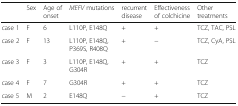
<table><thead><tr><td></td><td><b>Sex</b></td><td><b>Age of onset</b></td><td><b><i>MEFV</i> mutations</b></td><td><b>recurrent disease</b></td><td><b>Effectiveness of colchicine</b></td><td><b>Other treatments</b></td></tr></thead><tbody><tr><td>case 1</td><td>F</td><td>6</td><td>L110P, E148Q</td><td>+</td><td>+</td><td>TCZ, TAC, PSL</td></tr><tr><td>case 2</td><td>F</td><td>13</td><td>L110P, E148Q, P369S, R408Q</td><td>+</td><td>−</td><td>TCZ, CyA, PSL</td></tr><tr><td>case 3</td><td>F</td><td>3</td><td>L110P, E148Q, G304R</td><td>+</td><td>+</td><td>TCZ</td></tr><tr><td>case 4</td><td>F</td><td>7</td><td>G304R</td><td>+</td><td>+</td><td>TCZ</td></tr><tr><td>case 5</td><td>M</td><td>2</td><td>E148Q</td><td>−</td><td>+</td><td>TCZ</td></tr></tbody></table>